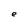
Character: e